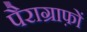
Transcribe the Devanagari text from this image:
पैराग्राफ़ों